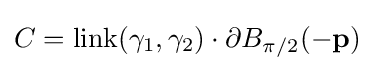
C={\rm {link}}(\gamma _{1},\gamma _{2})\cdot \partial B_{\pi /2}(-\mathbf {p} )